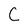
Character: C